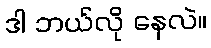
ဒါ ဘယ်လို နေလဲ။